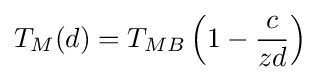
T_{M}(d)=T_{MB}\left(1-{\frac {c}{zd}}\right)